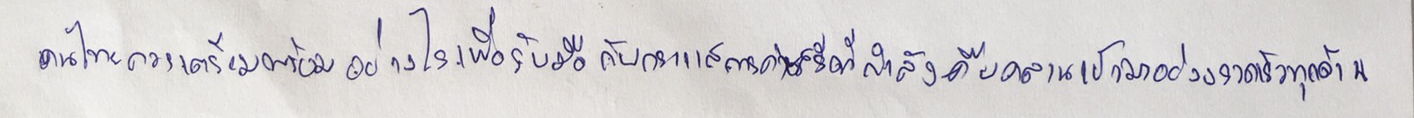
คนไทยควรเตรียมพร้อมอย่างไรเพื่อรับมือกับกระแสการค้าเสรีที่กำลังคืบคลานเข้ามาอย่างรวดเร็วทุกด้าน